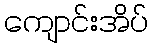
ကျောင်းအိပ်